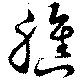
膲